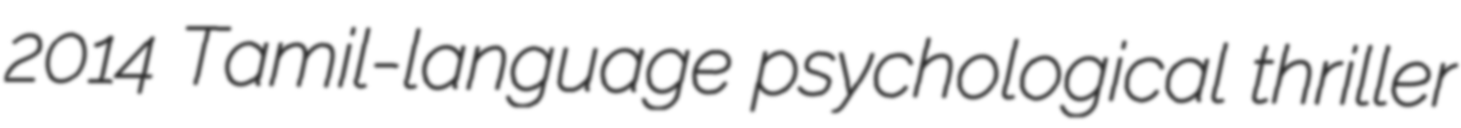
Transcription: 2014 Tamil-language psychological thriller